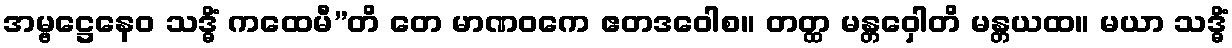
အမ္ဗဋ္ဌေနေဝ သဒ္ဓိံ ကထေမီ”တိ တေ မာဏဝကေ ဧတဒဝေါစ။ တတ္ထ မန္တဝှေါတိ မန္တယထ။ မယာ သဒ္ဓိံ